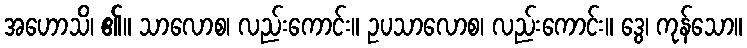
အဟောသိ၊ ၏။ သာလောစ၊ လည်းကောင်း။ ဥပသာလောစ၊ လည်းကောင်း။ ဒွေ၊ ကုန်သော။